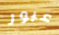
عبور